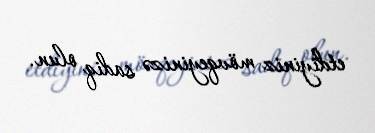
etdiyiniz mövqeyinizə sadiq olun.